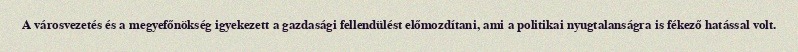
A városvezetés és a megyefőnökség igyekezett a gazdasági fellendülést előmozdítani, ami a politikai nyugtalanságra is fékező hatással volt.